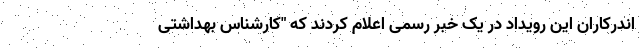
اندرکاران این رویداد در یک خبر رسمی اعلام کردند که "کارشناس بهداشتی